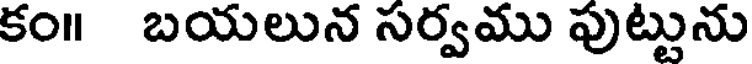
కం॥ బయలున సర్వము పుట్టును